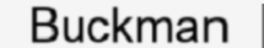
Buckman